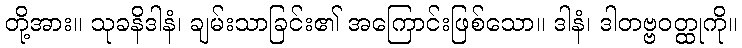
တို့အား။ သုခနိဒါနံ၊ ချမ်းသာခြင်း၏ အကြောင်းဖြစ်သော။ ဒါနံ၊ ဒါတဗ္ဗဝတ္ထုကို။